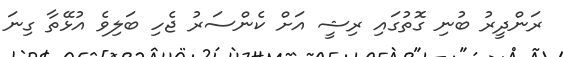
ރަންދީރު ބުނި ގޮތުގައި ރިޝީ އަށް ކެންސަރު ޖެހި ބަލިވެ އުޅޭތާ ގިނަ